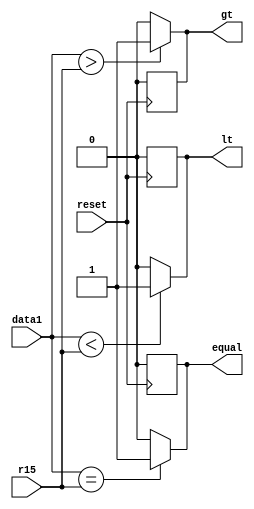
module comparator(
	//inputs
	input [15:0] data1,
	input [15:0] r15,
	input reset,
	
	//outputs
	output reg gt,
	output reg lt,
	output reg equal
);


always@(*)
begin
	equal = 0;
	lt = 0;
	gt = 0;

	if (data1<r15)
		lt = 1;
	
	if (data1==r15) 
		equal = 1;
	
	if (data1>r15)
		gt = 1;
end

always@(negedge reset)
begin
	gt <= 0;
	lt <= 0;
	equal <= 0;
end

endmodule